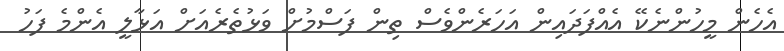
އެހެން މީހުންނެކޭ އެއްފަދައިން އަހަރެންވެސް ތިން ފަސްމުށް ވަޅުތެރެއަށް އަޅާލީ އެންމެ ފަހު